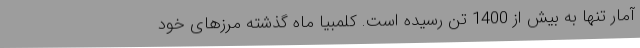
آمار تنها به بیش از 1400 تن رسیده است. کلمبیا ماه گذشته مرزهای خود